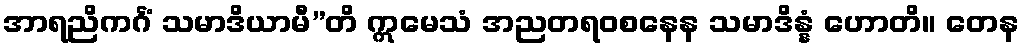
အာရညိကင်္ဂံ သမာဒိယာမီ”တိ ဣမေသံ အညတရဝစနေန သမာဒိန္နံ ဟောတိ။ တေန